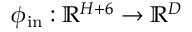
\phi _ { \mathrm { i n } } : \mathbb { R } ^ { H + 6 } \to \mathbb { R } ^ { D }